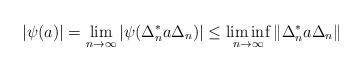
LaTeX: \begin{align*}|\psi(a)|=\lim_{n\to \infty}|\psi(\Delta_n^* a\Delta_n)|\leq \liminf_{n\to\infty}\|\Delta_n^* a \Delta_n\|\end{align*}